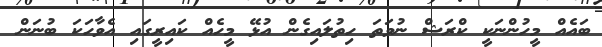
ބައެއް މީހުންނަކީ ކްރަޝް ނުވަތަ ހިތުލައިގެން އުޅޭ މީހެއް ކައިރީގައި އެވާހަކަ ބުނަން